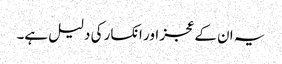
یہ ان کے عجز اور انکسار کی دلیل ہے۔